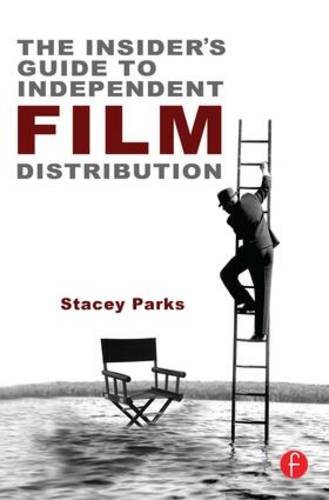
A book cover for The Insider's Guide to Independent Film Distribution; Stacey Parks; Business & Money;